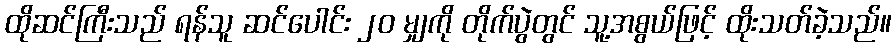
ထိုဆင်ကြီးသည် ရန်သူ ဆင်ပေါင်း ၂၀ မျှကို တိုက်ပွဲတွင် သူ့အစွယ်ဖြင့် ထိုးသတ်ခဲ့သည်။